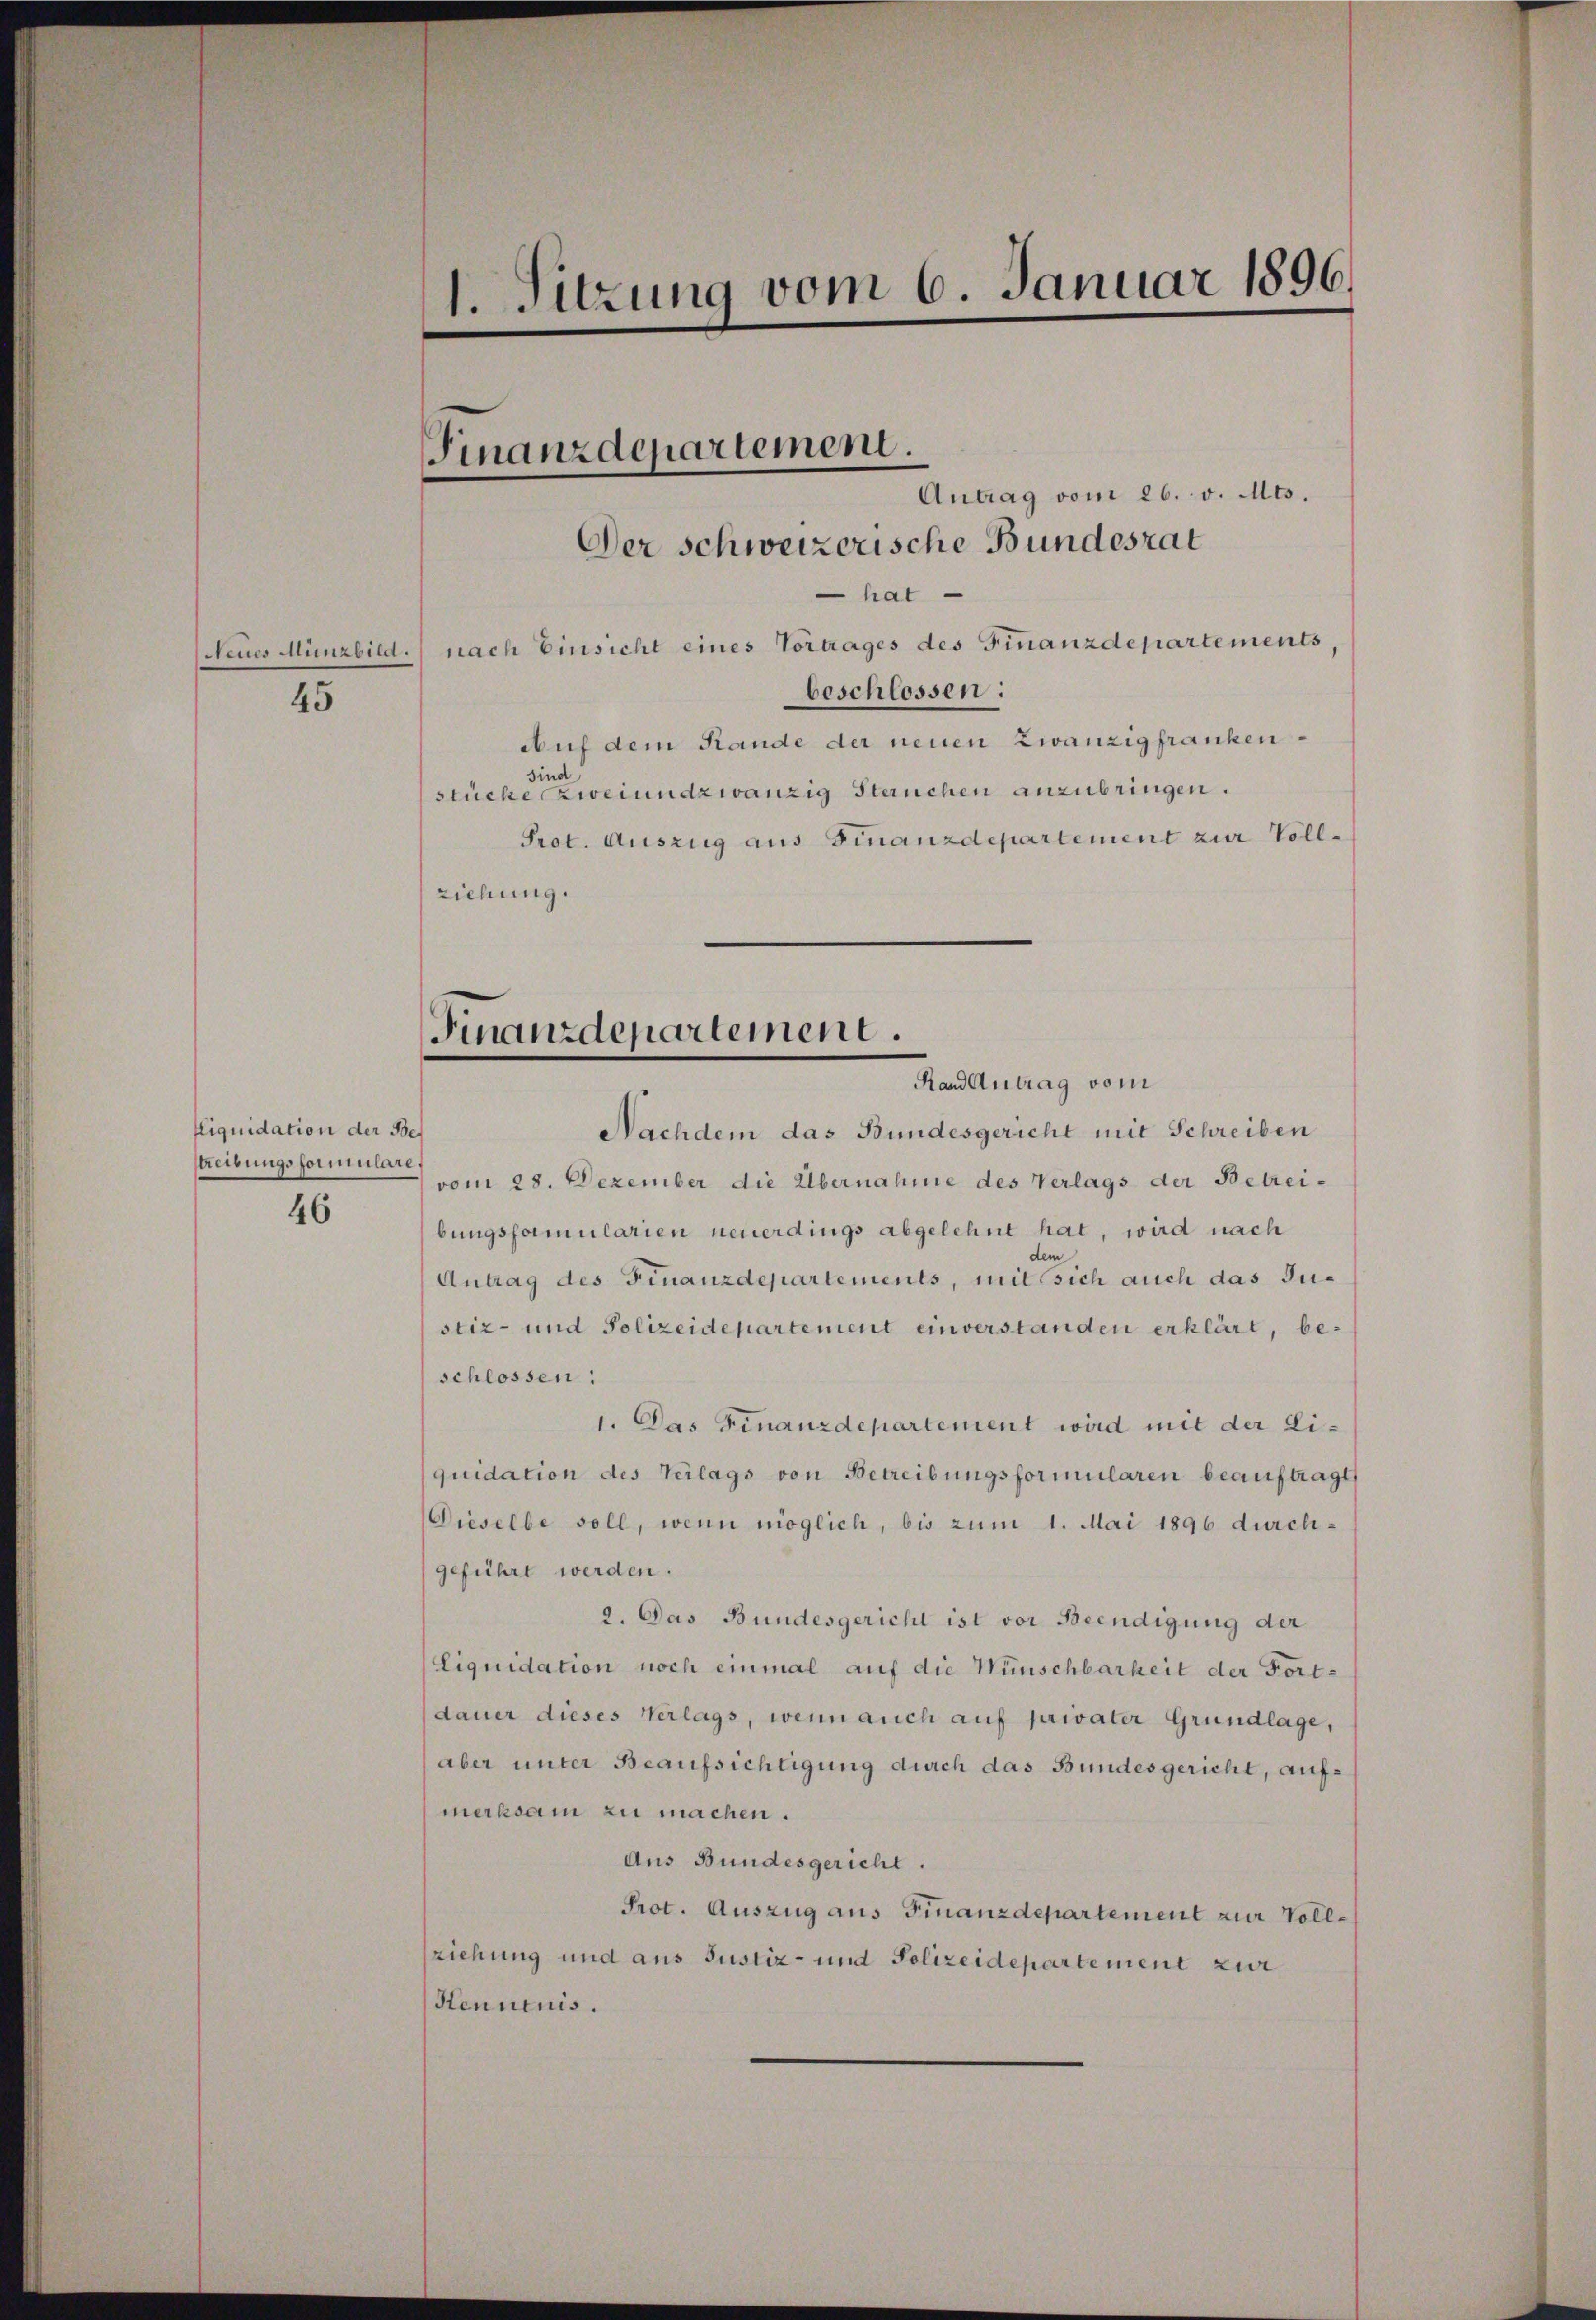
45

Liquidation der Be¬
Streibungsformulare,
46

1. Sitzung vom 6. Januar 1896.

Finanzdepartement.

Antrag vom 26. v. Mts.
hat
Neues Münzbild.) nach Einsicht eines Vortrages des Finanzdepartements
beschlossen:
Auf dem Rande der neuen Zwanzig frankensind
stücke zweiundzwanzig Steruchen anzubringen.
Prot. Auszug aus Finanzdepartement zur Vollziehung.

Der schweizerische Bundesrat

Finanzdepartement.
Rand Antrag vom

Nachdem das Bundesgericht mit Schreiben
vom 28. Dezember die Übernahme des Verlags der Betreibungsfamularien neuerdings abgelehnt hat, wird nach
dem
Antrag des Finanzdepartements, mit sich auch das Justiz- und Polizeidepartement einverstanden erklärt, beschlossen:
1. Das Finanzdepartement wird mit der Liquidation des Verlags von Betreibungsformularen beauftragt
Dieselbe soll, wenn möglich, bis zum 1. Mai 1896 durchgeführt werden.
2. Das Bundesgericht ist vor Beendigung der
Liquidation noch einmal auf die Wünschbarkeit der Fortdauer dieses Verlags, wenn auch auf privater Grundlage,
aber unter Beaufsichtigung durch das Bundesgericht, aufmerksam zu machen.
Aus Bundesgericht.
Prot. Auszug aus Finanzdepartement zur Voll¬
(ziehung und aus Justiz- und Polizeidepartement zur
Hennenis.